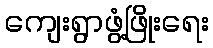
ကျေးရွာဖွံ့ဖြိုးရေး